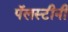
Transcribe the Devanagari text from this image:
पॅलस्टीनी